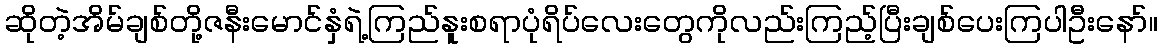
ဆိုတဲ့အိမ်ချစ်တို့ဇနီးမောင်နှံရဲ့ကြည်နူးစရာပုံရိပ်လေးတွေကိုလည်းကြည့်ပြီးချစ်ပေးကြပါဦးနော်။